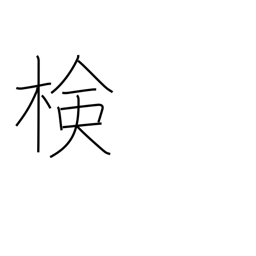
Meaning: examination